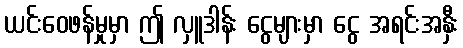
ယင်းဝေဖန်မှုမှာ ဤ လှူဒါန်း ငွေများမှာ ငွေ အရင်းအနှီး